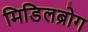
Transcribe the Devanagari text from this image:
मिडिलब्रोग